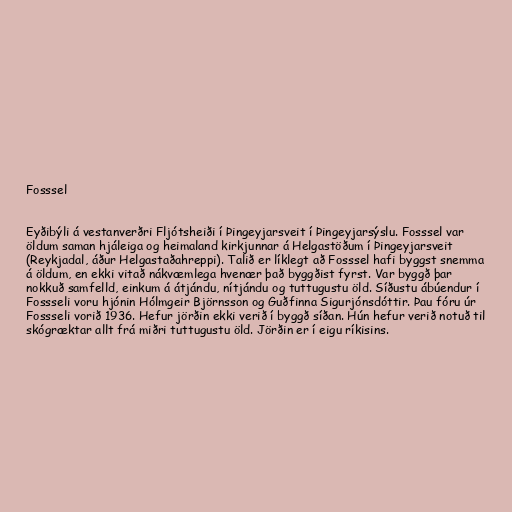
Fosssel

Eyðibýli á vestanverðri Fljótsheiði í Þingeyjarsveit í Þingeyjarsýslu. Fosssel var
öldum saman hjáleiga og heimaland kirkjunnar á Helgastöðum í Þingeyjarsveit
(Reykjadal, áður Helgastaðahreppi). Talið er líklegt að Fosssel hafi byggst snemma
á öldum, en ekki vitað nákvæmlega hvenær það byggðist fyrst. Var byggð þar
nokkuð samfelld, einkum á átjándu, nítjándu og tuttugustu öld. Síðustu ábúendur í
Fossseli voru hjónin Hólmgeir Björnsson og Guðfinna Sigurjónsdóttir. Þau fóru úr
Fossseli vorið 1936. Hefur jörðin ekki verið í byggð síðan. Hún hefur verið notuð til
skógræktar allt frá miðri tuttugustu öld. Jörðin er í eigu ríkisins.